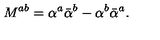
M ^ { a b } = \alpha ^ { a } \bar { \alpha } ^ { b } - \alpha ^ { b } \bar { \alpha } ^ { a } .